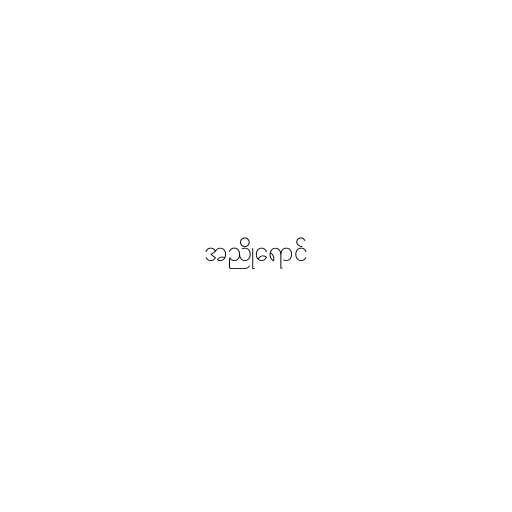
အညိုရောင်